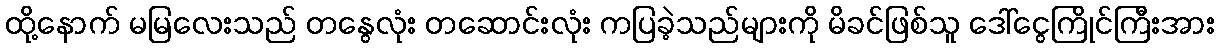
ထို့နောက် မမြလေးသည် တနွေလုံး တဆောင်းလုံး ကပြခဲ့သည်များကို မိခင်ဖြစ်သူ ဒေါ်ငွေကြိုင်ကြီးအား